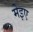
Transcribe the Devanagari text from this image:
मेइए